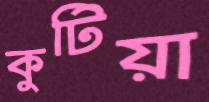
কুটিয়া